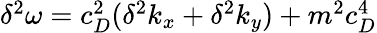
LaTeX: \begin{array}{r}{\delta^{2}\omega=c_{D}^{2}(\delta^{2}k_{x}+\delta^{2}k_{y})+m^{2}c_{D}^{4}}\end{array}